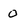
Character: o